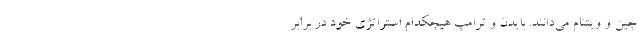
چین و ویتنام می‌دانند. بایدن و ترامپ هیچکدام استراتژی خود در برابر